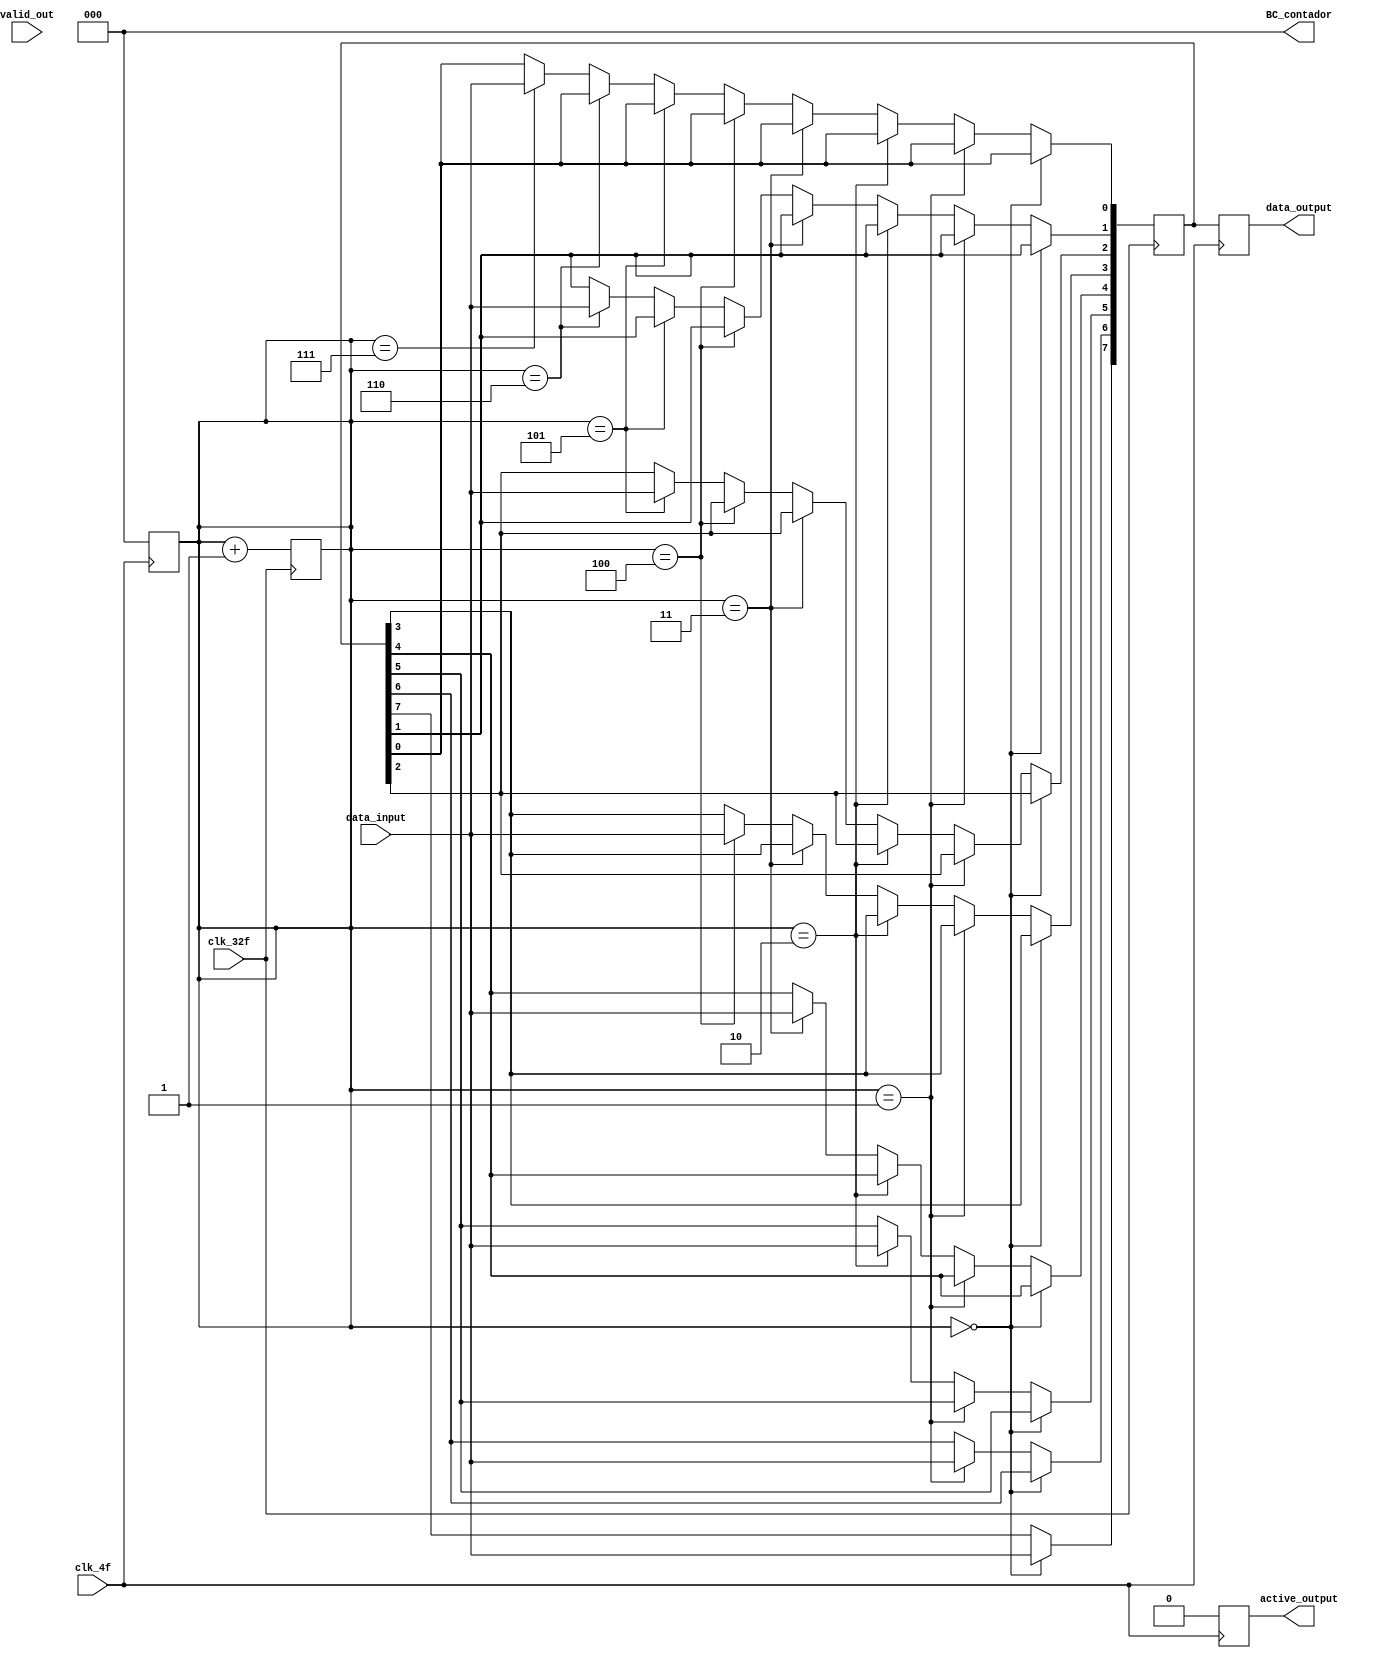
   module serial_paralelo(
			 input 		  data_input,
          input 		  valid_out,
          input 		  clk_32f,
			 input 		  clk_4f,
          output reg 	  active_output,
			 output reg [7:0] data_output,
			 output reg [2:0] BC_contador
			 );
    reg [0:7]				  bus_0;
    reg [2:0]  			  contador;
     
always@(valid_out)begin
   BC_contador <= 0;
   end

always @(posedge clk_32f) begin
      if (contador == 0)begin
   bus_0[0] <= data_input;
      end
   else if (contador == 1) begin
   bus_0[1] <= data_input;
   end
    else if (contador == 2) begin
   bus_0[2] <= data_input;
    end
    else if (contador == 3) begin
   bus_0[3] <= data_input;
    end
    else if (contador == 4) begin
   bus_0[4] <= data_input; //primeros 8bits
    end
    else if (contador == 5) begin
   bus_0[5] <= data_input;
    end
    else if (contador == 6) begin
   bus_0[6] <= data_input;
    end
    else if (contador == 7) begin
   bus_0[7] <= data_input;
    end else begin
       BC_contador <= 0;   
       
    end
   contador = contador +1;
end
 always @(posedge clk_4f) begin
    contador <=0;
    
    data_output <= bus_0;

    if(data_output == 188)begin
       if(BC_contador == 4)begin
	  BC_contador <= 4;
	  
       end else begin
	  
       BC_contador = BC_contador +1;
       end 
    end

    if(BC_contador == 4)begin
       active_output <= 1;
    end else begin
       active_output <= 0;
       end
       
     end // always @ (posedge clk_f)

endmodule // serie_paralelo